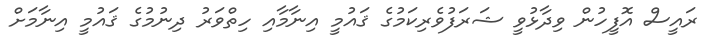
ރައީސް އޮފީހުން ވިދާޅުވީ ޝަރަފުވެރިކަމުގެ ޤައުމީ އިނާމާއި ހިތްވަރު ދިނުމުގެ ޤައުމީ އިނާމަށް